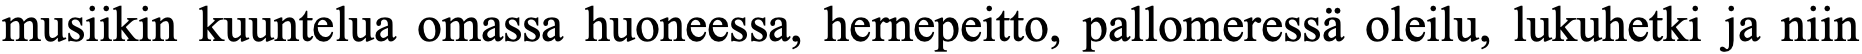
musiikin kuuntelua omassa huoneessa, hernepeitto, pallomeressä oleilu, lukuhetki ja niin